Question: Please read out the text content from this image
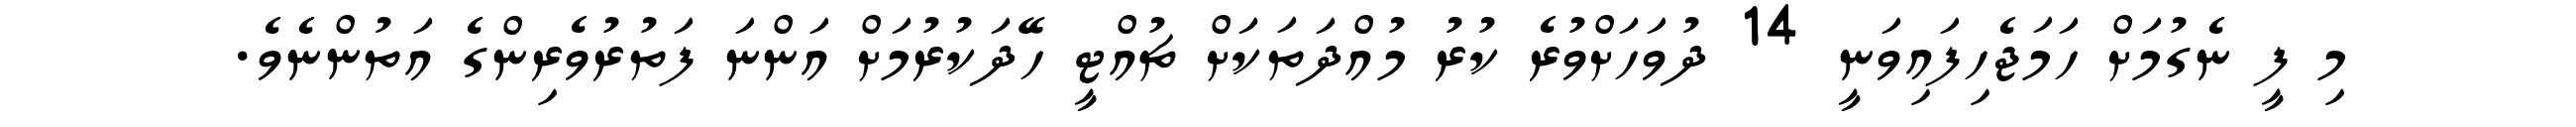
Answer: މި ފީ ނެގުމަށް ހަމަޖެހިފައިވަނީ 14 ދުވަހަށްވުރެ ކުރު މުއްދަތަކަށް ޗުއްޓީ ހޭދަކުރުމަށް އަންނަ ފަތުރުވެރިންގެ އަތުންނެވެ.